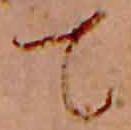
て